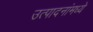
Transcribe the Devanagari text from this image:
उत्पादनांमध्‍ये